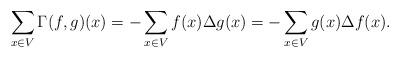
LaTeX: \begin{align*}\sum_{x\in V}\Gamma(f,g)(x) = -\sum_{x\in V}f(x)\Delta g(x) = -\sum_{x\in V}g(x)\Delta f(x).\end{align*}